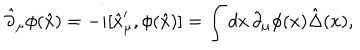
LaTeX: \hat { \partial } _ { \mu } \phi ( \hat { x } ) = - i [ \hat { x } _ { \mu } ^ { \prime } , \phi ( \hat { x } ) ] = \int d x \, \partial _ { \mu } \phi ( x ) \hat { \Delta } ( x ) ,